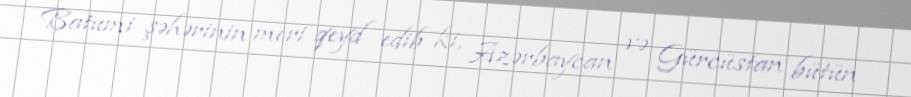
Batumi şəhərinin meri qeyd edib ki, Azərbaycan və Gürcüstan bütün